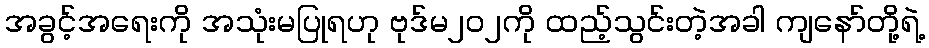
အခွင့်အရေးကို အသုံးမပြုရဟု ဗုဒ်မ၂၀၂ကို ထည့်သွင်းတဲ့အခါ ကျနော်တို့ရဲ့